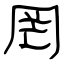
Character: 罔